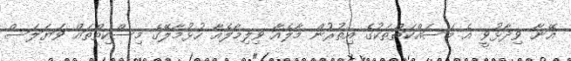
އޭނާ ވިދާޅުވީ އެ މަސައްކަތްތަކުގެ އިތުރުން މާލެއާ ވިލިމާލެއާ ހުޅުމާލޭގެ މިސްކިތްތައް ވަޔަލަސް